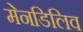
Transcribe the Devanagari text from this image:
मेनडिलिव